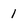
Character: 1